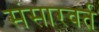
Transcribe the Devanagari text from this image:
संसारवर्त